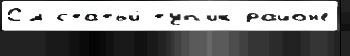
См статьи́ туп'ик райо́н'е